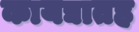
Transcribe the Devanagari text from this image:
कायद्यातह